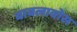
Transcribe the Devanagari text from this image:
बाबलावोस